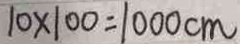
1 0 \times 1 0 0 = 1 0 0 0 c m